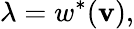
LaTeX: \lambda=w^{*}(\mathbf{v}),